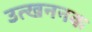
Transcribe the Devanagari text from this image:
उत्खननक